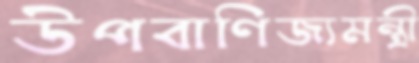
উপবাণিজ্যমন্ত্রী